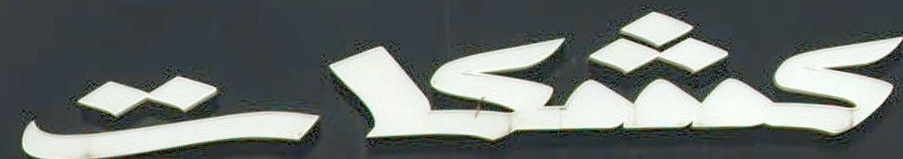
كشكات